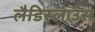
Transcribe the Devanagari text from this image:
लैडिस्लाउस